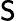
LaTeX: \mathsf{S}